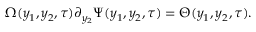
\Omega ( y _ { 1 } , y _ { 2 } , \tau ) \partial _ { y _ { 2 } } \Psi ( y _ { 1 } , y _ { 2 } , \tau ) = \Theta ( y _ { 1 } , y _ { 2 } , \tau ) .